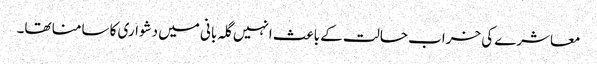
معاشرے کی خراب حالت کے باعث انہیں گلہ بانی میں دشواری کا سامنا تھا۔